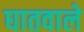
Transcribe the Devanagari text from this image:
घातवाले